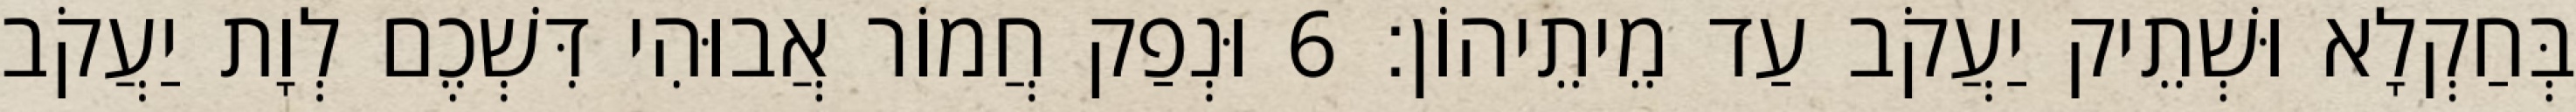
בְּחַקְלָא וּשְׁתֵיק יַעֲקֹב עַד מֵיתֵיהוֹן׃ 6 וּנְפַק חֲמוֹר אֲבוּהִי דִּשְׁכֶם לְוָת יַעֲקֹב